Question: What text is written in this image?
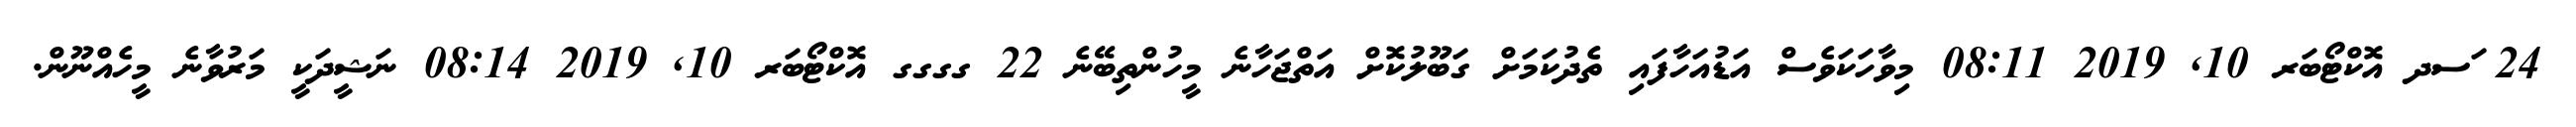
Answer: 24 ަސދ އޮކްޓޯބަރ 10, 2019 08:11 މިވާހަކަވެސް އަޑުއަހާފައި ތެދުކަމަށް ގަބޫލުކޮށް އަތްޖަހާނެ މީހުންތިބޭނެ 22 ގގގގ އޮކްޓޯބަރ 10, 2019 08:14 ނަޝީދަކީ މަރުވާނެ މީހެއްނޫން.